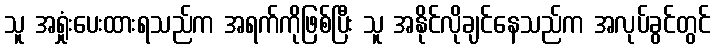
သူ အရှုံးပေးထားရသည်က အရက်ကိုဖြစ်ပြီး သူ အနိုင်လိုချင်နေသည်က အလုပ်ခွင်တွင်